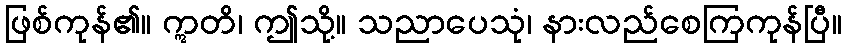
ဖြစ်ကုန်၏။ ဣတိ၊ ဤသို့။ သညာပေသုံ၊ နားလည်စေကြကုန်ပြီ။